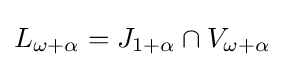
L_{\omega +\alpha }=J_{1+\alpha }\cap V_{\omega +\alpha }